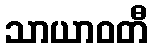
သာယာဝတီ